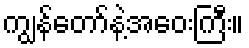
ကျွန်တော်နဲ့အဝေးကြီး။